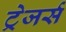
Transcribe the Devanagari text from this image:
ट्रेजर्स